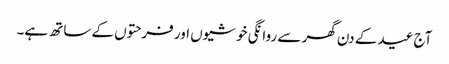
آج عید کے دن گھر سے روانگی خوشیوں اور فرحتوں کے ساتھ ہے۔